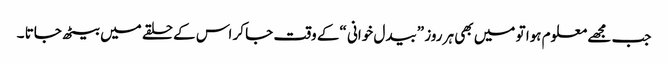
جب مجھے معلوم ہوا تو میں بھی ہر روز ”بیدل خوانی “کے وقت جا کر اس کے حلقے میں بیٹھ جاتا ۔